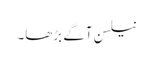
نیلسن آگے بڑھا۔